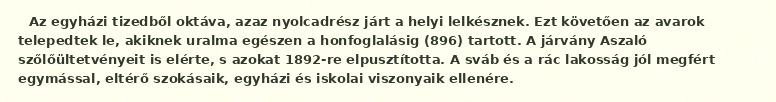
Az egyházi tizedből oktáva, azaz nyolcadrész járt a helyi lelkésznek. Ezt követően az avarok telepedtek le, akiknek uralma egészen a honfoglalásig (896) tartott. A járvány Aszaló szőlőültetvényeit is elérte, s azokat 1892-re elpusztította. A sváb és a rác lakosság jól megfért egymással, eltérő szokásaik, egyházi és iskolai viszonyaik ellenére.